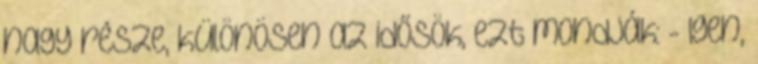
nagy része, különösen az idősök, ezt mondják: - Igen,